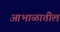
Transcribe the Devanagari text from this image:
आभाळातील